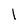
Character: 1